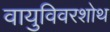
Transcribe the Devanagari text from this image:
वायुविवरशोथ